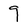
Character: 9